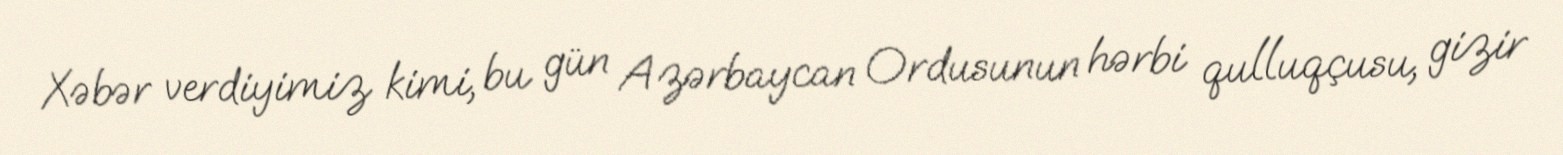
Xəbər verdiyimiz kimi, bu gün Azərbaycan Ordusunun hərbi qulluqçusu, gizir